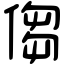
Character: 㑳